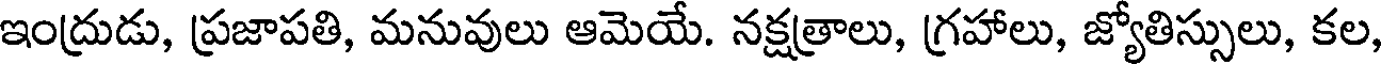
ఇంద్రుడు, ప్రజాపతి, మనువులు ఆమెయే. నక్షత్రాలు, గ్రహాలు, జ్యోతిస్సులు, కల,